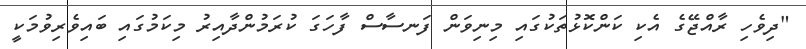
"ދިވެހި ރާއްޖޭގެ އެކި ކަންކޮޅުތަކުގައި މިނިވަން ފަނސާސް ފާހަގަ ކުރަމުންދާއިރު މިކަމުގައި ބައިވެރިވުމަކީ